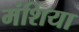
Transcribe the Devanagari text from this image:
मंशिया